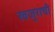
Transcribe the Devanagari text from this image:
खजुराची